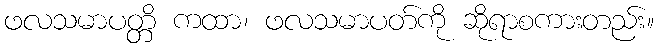
ဖလသမာပတ္တိ ကထာ၊ ဖလသမာပတ်ကို ဆိုရာစကားတည်း။